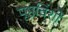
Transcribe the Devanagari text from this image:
पृष्ठविंशी